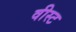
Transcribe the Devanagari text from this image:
वीस्ट